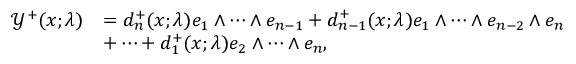
\begin{array} { r l } { \mathcal { Y } ^ { + } ( x ; \lambda ) } & { = d _ { n } ^ { + } ( x ; \lambda ) e _ { 1 } \wedge \dots \wedge e _ { n - 1 } + d _ { n - 1 } ^ { + } ( x ; \lambda ) e _ { 1 } \wedge \dots \wedge e _ { n - 2 } \wedge e _ { n } } \\ & { + \dots + d _ { 1 } ^ { + } ( x ; \lambda ) e _ { 2 } \wedge \dots \wedge e _ { n } , } \end{array}